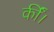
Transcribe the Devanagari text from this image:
कींं।